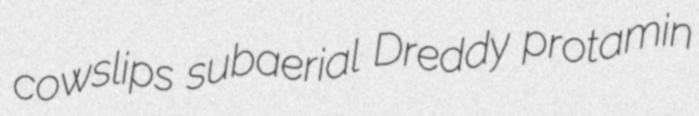
cowslips subaerial Dreddy protamin